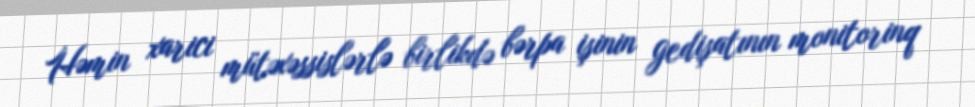
Həmin xarici mütəxəssislərlə birlikdə bərpa işinin gedişatının monitorinq